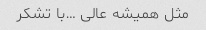
مثل همیشه عالی …با تشکر